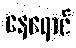
နေရောင်